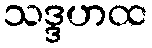
သဒ္ဒဟထ